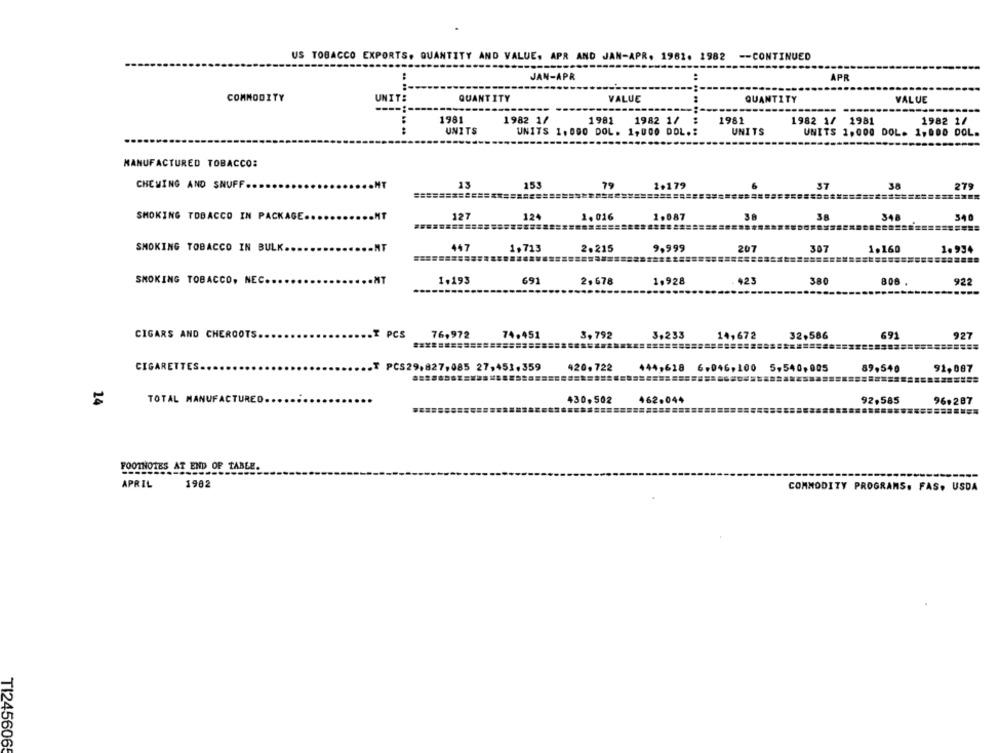
US TOBACCO EXPORTS. QUANTITY AND VALUE. APR AND JAN-APR. 1981. 1982 -- CONTINUED
---
JAN-APR
APR
:-
COMMODITY
UNIT:
QUANT ITY
VALUE
QUANTITY
VALUE
1981
1982 1/
1981
1982 1/
.. .. .. ..
1981
1982 1/ 1981
1982 1/
.. .. ..
UNITS
UNITS 1.000 DOL. 1,000 DOL .:
UNITS
UNITS 1,000 DOL. 1,000 DOL.
MANUFACTURED TOBACCO:
CHEWING AND SNUFF ...
MT
13
153
79
2.179
37
279
============
SMOKING TOBACCO IN PACKAGE ..
MT
127
124
1.016
1.087
38
38
348
340
SMOKING TOBACCO IN BULK.
AT
447
1,715
2.215
9.995
207
307
1.160
1.934
MT
SMOKING TOBACCO, NEC.
1.193
691
2, 678
1.928
423
380
806 .
922
CIGARS AND CHEROOTS.
T PCS
76,972
74.451
3,792
3.233
14,672
32,586
691
927
CIGARETTES.
PCS29,827, 085 27,451,359
420.722
444,618 6+046,100 5,540,005
89.540
91.087
14
TOTAL MANUFACTURED
430,502
462.044
92.585
96.287
FOOTNOTES AT END OF TABLE.
---
APRIL
1982
COMMODITY PROGRAMS. FAS. USDA
TI245606